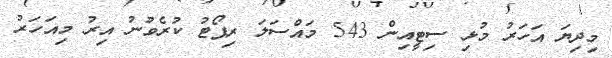
މިދިޔަ އަހަރު މުޅި ސިޓީއިން 543 މައްސަލަ ރިޕޯޓު ކުރެވުނު އިރު މިއަހަރު